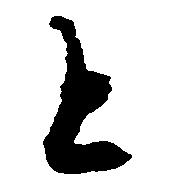
と